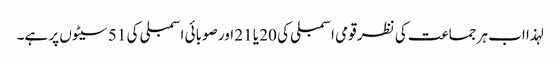
لہذا اب ہر جماعت کی نظر قومی اسمبلی کی 20 یا 21 اور صوبائی اسمبلی کی 51 سیٹوں پر ہے۔